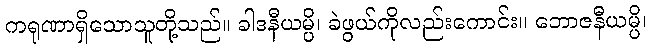
ကရုဏာရှိသောသူတို့သည်။ ခါဒနီယမ္ပိ၊ ခဲဖွယ်ကိုလည်းကောင်း။ ဘောဇနီယမ္ပိ၊